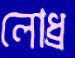
লোধ্র